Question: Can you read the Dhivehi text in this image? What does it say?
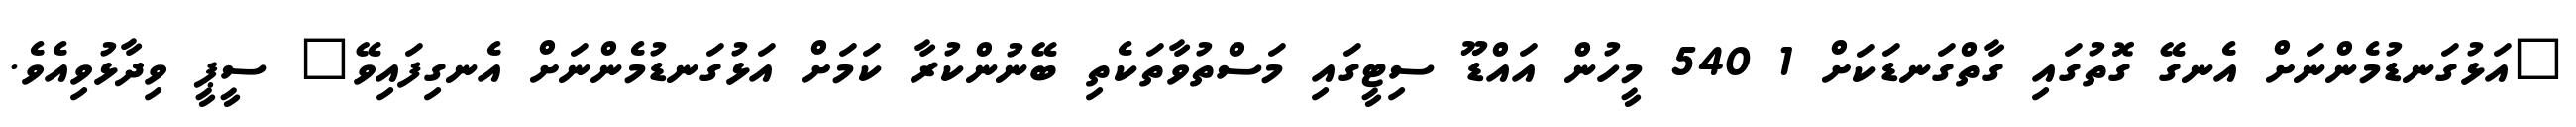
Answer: "އަޅުގަނޑުމެންނަށް އެނގޭ ގޮތުގައި ގާތްގަނޑަކަށް 1 540 މީހުން އައްޑޫ ސިޓީގައި މަސްތުވާތަކެތި ބޭނުންކުރާ ކަމަށް އަޅުގަނޑުމެންނަށް އެނގިފައިވޭ" ސީޕީ ވިދާޅުވިއެވެ.